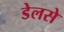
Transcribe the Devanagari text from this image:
डेलसे